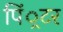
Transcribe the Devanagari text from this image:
पिं्रटर